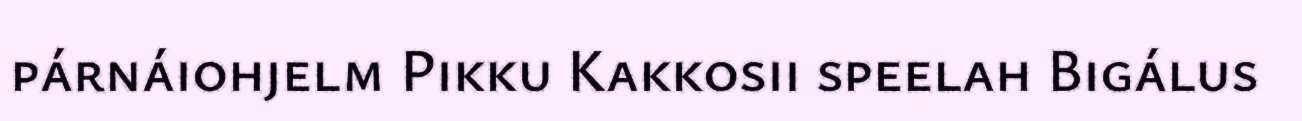
párnáiohjelm Pikku Kakkosii speelah Bigálus